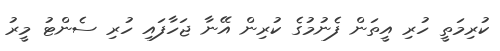
ކުރިމަތީ ހުރި އީތަން ފެނުމުގެ ކުރިން އޭނާ ޖަހާފައި ހުރި ސެންޓު މީރު